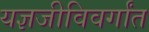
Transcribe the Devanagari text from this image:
यज्ञजीविवर्गांत